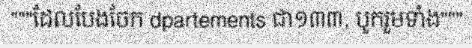
"""ដែលបែងចែក dpartements ជា១៣៣, បូករួមទាំង"""